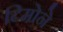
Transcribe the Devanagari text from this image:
टिमोने